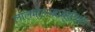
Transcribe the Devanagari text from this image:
लालमोहनबाबूंसोबत